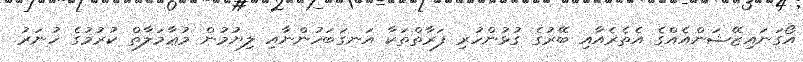
އޯގަނައިޒޭޝަންއެއްގެ އެތެރެއާއި ބޭރުގެ ގުޅުންހުރި ފަރާތްތަކާ އަނގަބަހުންނާއި ލިޔުމުން މުޢާމަލާތް ކުރުމުގެ ހުނަރު